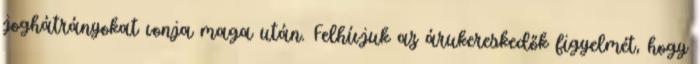
joghátrányokat vonja maga után. Felhívjuk az árukereskedők figyelmét, hogy